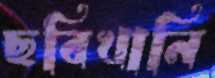
ছবিখানি